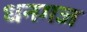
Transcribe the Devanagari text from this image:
धनगज